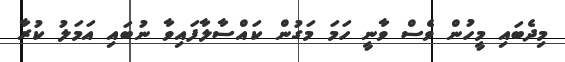
މިދެބައި މީހުން ވެސް ވާނީ ހަމަ މަގުން ކައްސާލާފައިވާ ނުބައި އަމަލު ކުރާ